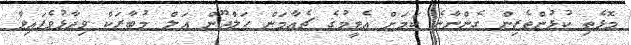
މޮޅެތި ކުޅުންތެރިން ގެންނާނެ ކަމަށް އެޓީމުގެ ޗެއާމަން ހަލްދޫން އަލް މުބާރަކް ވިދާޅުވެފައިވާ